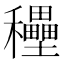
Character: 𥤐